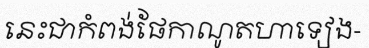
នេះជាកំពង់ផែកាណូតហាទៀង-